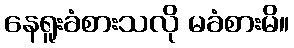
နေရူးခံစားသလို မခံစားမိ။